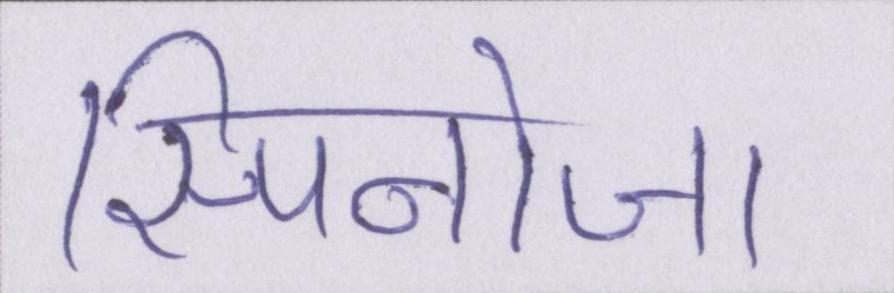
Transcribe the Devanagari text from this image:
स्पिनोजा